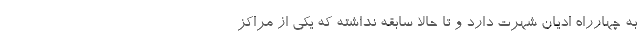
به چهارراه ادیان شهرت دارد و تا حالا سابقه نداشته که یکی از مراکز